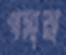
পসারা